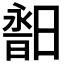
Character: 𣉣